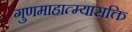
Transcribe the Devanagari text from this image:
गुणमाहात्म्यासक्ति